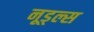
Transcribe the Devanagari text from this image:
नूड्ल्स